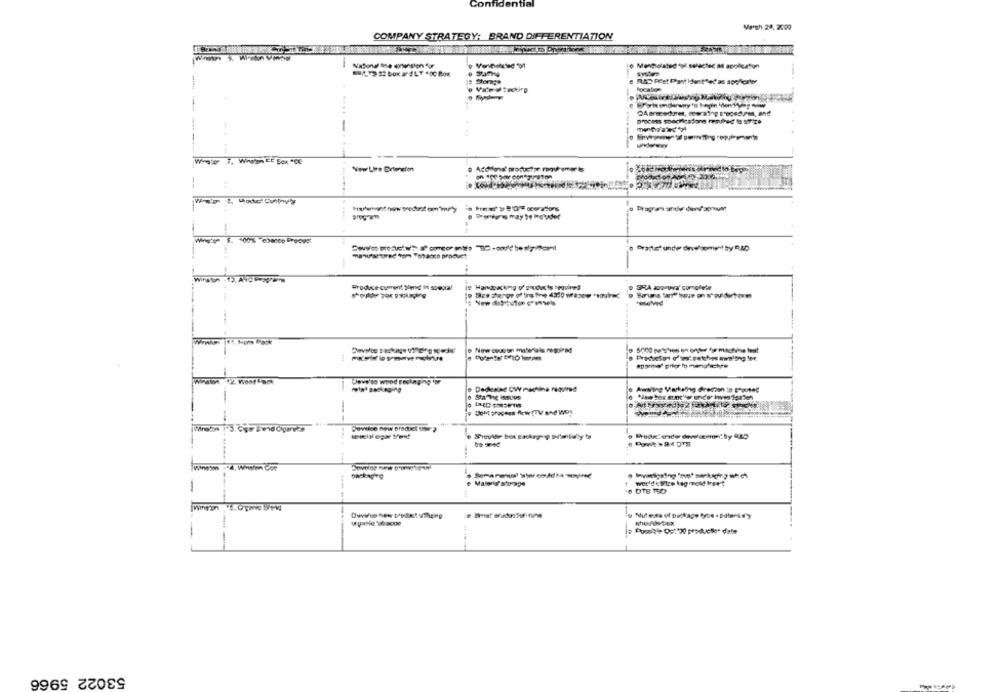
Confidential
Marsh 24, 2000
COMPANY STRATEGY: BRAND DIFFERENTIATION
locales
---
-
New Line Drtension
--
Wi'ye f. 100% cbanep Pre-oust
newes tored tom Tebanco product
-
Produce current Send In special
ie Handsacking of products required
. SRA acoopva' cor diete
New cosoon materials required
Dedesind OW machine required
Sta Tig issues
Somit process flow (TV and Wos
Develse new product tour ?
----
world tirtze kag mold bart
53022 5966